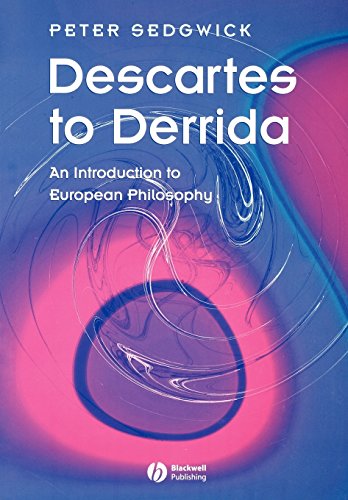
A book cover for Descartes to Derrida: An Introduction to European Philosophy; Peter Sedgwick; Politics & Social Sciences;